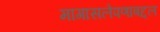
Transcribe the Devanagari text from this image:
मागासलेपणाबद्दल